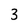
Character: 3